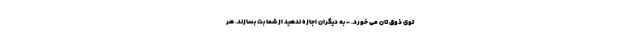
توی ذوق تان می خورد. - به دیگران اجازه ندهید از شما بت بسازند. هر